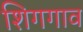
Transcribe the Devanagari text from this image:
शिगगाव